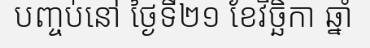
បញ្ចប់នៅ ថ្ងៃទី២១ ខែវិច្ឆិកា ឆ្នាំ